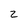
Character: 2